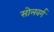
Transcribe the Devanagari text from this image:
सोलवर्ग